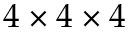
4 \times 4 \times 4